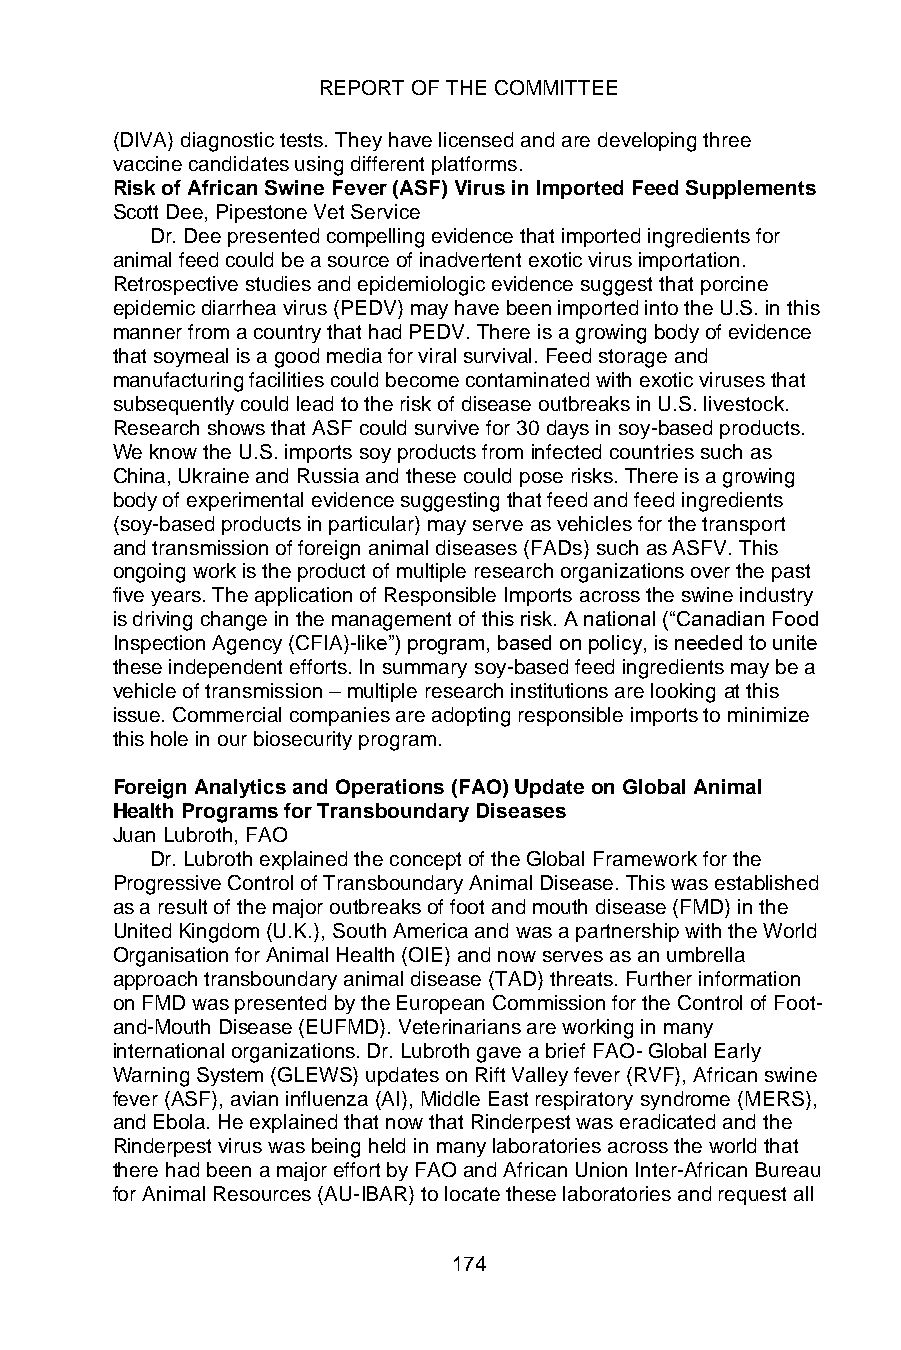
REPORT OF THE COMMITTEE
 (DIVA) diagnostic tests. They have licensed and are developing three
 vaccine candidates using different platforms.
 Risk of African Swine Fever (ASF) Virus in Imported Feed Supplements
 Scott Dee, Pipestone Vet Service
 Dr. Dee presented compelling evidence that imported ingredients for
 animal feed could be a source of inadvertent exotic virus importation.
 Retrospective studies and epidemiologic evidence suggest that porcine
 epidemic diarrhea virus (PEDV) may have been imported into the U.S. in this
 manner from a country that had PEDV. There is a growing body of evidence
 that soymeal is a good media for viral survival. Feed storage and
 manufacturing facilities could become contaminated with exotic viruses that
 subsequently could lead to the risk of disease outbreaks in U.S. livestock.
 Research shows that ASF could survive for 30 days in soy-based products.
 We know the U.S. imports soy products from infected countries such as
 China, Ukraine and Russia and these could pose risks. There is a growing
 body of experimental evidence suggesting that feed and feed ingredients
 (soy-based products in particular) may serve as vehicles for the transport
 and transmission of foreign animal diseases (FADs) such as ASFV. This
 ongoing work is the product of multiple research organizations over the past
 five years. The application of Responsible Imports across the swine industry
 is driving change in the management of this risk. A national (“Canadian Food
 Inspection Agency (CFIA)-like”) program, based on policy, is needed to unite
 these independent efforts. In summary soy-based feed ingredients may be a
 vehicle of transmission – multiple research institutions are looking at this
 issue. Commercial companies are adopting responsible imports to minimize
 this hole in our biosecurity program.
 Foreign Analytics and Operations (FAO) Update on Global Animal
 Health Programs for Transboundary Diseases
 Juan Lubroth, FAO
 Dr. Lubroth explained the concept of the Global Framework for the
 Progressive Control of Transboundary Animal Disease. This was established
 as a result of the major outbreaks of foot and mouth disease (FMD) in the
 United Kingdom (U.K.), South America and was a partnership with the World
 Organisation for Animal Health (OIE) and now serves as an umbrella
 approach transboundary animal disease (TAD) threats. Further information
 on FMD was presented by the European Commission for the Control of Foot-
 and-Mouth Disease (EUFMD). Veterinarians are working in many
 international organizations. Dr. Lubroth gave a brief FAO- Global Early
 Warning System (GLEWS) updates on Rift Valley fever (RVF), African swine
 fever (ASF), avian influenza (AI), Middle East respiratory syndrome (MERS),
 and Ebola. He explained that now that Rinderpest was eradicated and the
 Rinderpest virus was being held in many laboratories across the world that
 there had been a major effort by FAO and African Union Inter-African Bureau
 for Animal Resources (AU-IBAR) to locate these laboratories and request all
 174